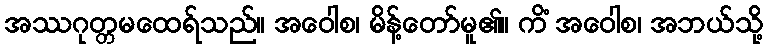
အဿဂုတ္တမထေရ်သည်။ အဝေါစ၊ မိန့်တော်မူ၏။ ကိံ အဝေါစ၊ အဘယ်သို့